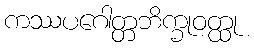
ကဿပဂေါတ္တဘိက္ခုဝတ္ထု